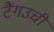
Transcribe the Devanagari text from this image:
टैंगउची